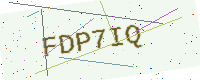
Text: FDP7IQ